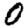
Digit: 0